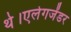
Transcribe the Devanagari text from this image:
थे।एलेगजेंडर